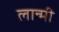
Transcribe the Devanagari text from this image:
लान्मी